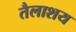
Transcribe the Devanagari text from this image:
तैलाशय